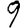
Digit: 9